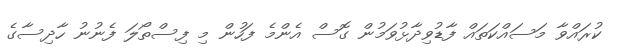
ކުރައްވާ މަސައްކަތައް ފާޑުވިދާޅުވަމުން ގޮސް އެންމެ ފަހުން މި ފިސްތޯލަ ފެނުނު ހާދިސާގެ